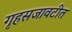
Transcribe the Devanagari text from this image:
गृहसजावटीत